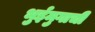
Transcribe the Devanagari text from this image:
भुईमुगाची